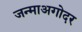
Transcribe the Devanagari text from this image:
जन्माअगोदर